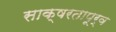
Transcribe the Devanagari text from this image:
साक्षरतापूर्व